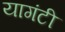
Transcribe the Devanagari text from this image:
यागंटी